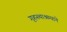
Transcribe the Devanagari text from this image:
गृहस्थाश्रम्याने